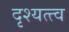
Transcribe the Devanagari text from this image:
दृश्‍यत्त्व